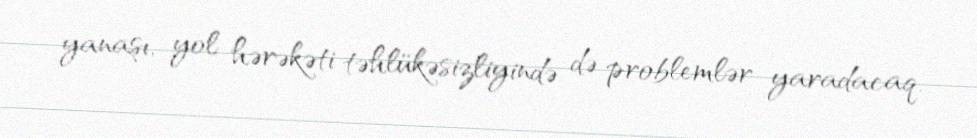
yanaşı, yol hərəkəti təhlükəsizliyində də problemlər yaradacaq.